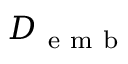
{ D _ { \mathrm { ~ e ~ m ~ b ~ } } }